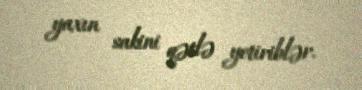
yaxın sakini qətlə yetiriblər.